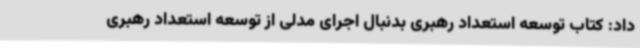
داد: کتاب توسعه استعداد رهبری بدنبال اجرای مدلی از توسعه استعداد رهبری